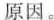
原因。